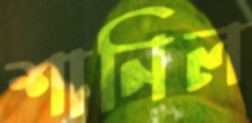
শানিল